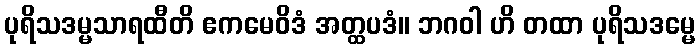
ပုရိသဒမ္မသာရထီတိ ဧကမေဝိဒံ အတ္ထပဒံ။ ဘဂဝါ ဟိ တထာ ပုရိသဒမ္မေ